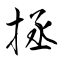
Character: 拯